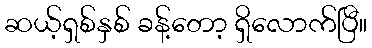
ဆယ့်ရှစ်နှစ် ခန့်တော့ ရှိလောက်ပြီ။